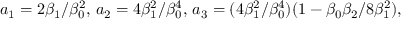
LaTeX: a _ { 1 } = 2 \beta _ { 1 } / \beta _ { 0 } ^ { 2 } , \, a _ { 2 } = 4 \beta _ { 1 } ^ { 2 } / \beta _ { 0 } ^ { 4 } , \, a _ { 3 } = ( 4 \beta _ { 1 } ^ { 2 } / \beta _ { 0 } ^ { 4 } ) ( 1 - \beta _ { 0 } \beta _ { 2 } / 8 \beta _ { 1 } ^ { 2 } ) ,